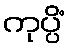
ကုပ္ပိံ